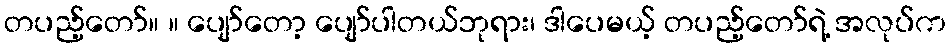
တပည့်တော်။ ။ ပျော်တော့ ပျော်ပါတယ်ဘုရား၊ ဒါပေမယ့် တပည့်တော်ရဲ့ အလုပ်က